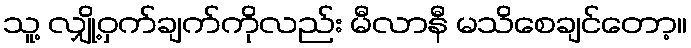
သူ့ လျှို့ဝှက်ချက်ကိုလည်း မီလာနီ မသိစေချင်တော့။